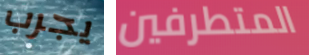
يجرب المتطرفين